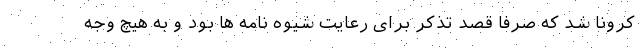
کرونا شد که صرفاً قصد تذکر برای رعایت شیوه نامه ها بود و به هیچ وجه